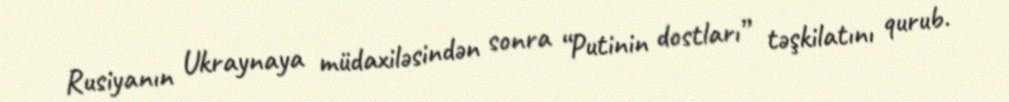
Rusiyanın Ukraynaya müdaxiləsindən sonra “Putinin dostları” təşkilatını qurub.